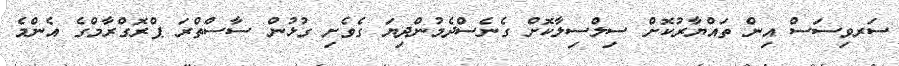
ސަރވިސަސް އިން ތައްޔާރުކޮށް ސިލްސިލާކޮށް ގެނެސްދެމުންދިޔަ ގެވެށި ގުޅުން ސާސްތްރަ ޕްރޮގްރާމްގެ އެންމެ